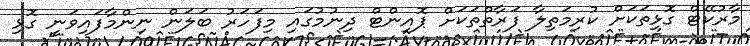
މާރުކޭޓް ގޮޅިތަކަށް ކުރިމަތިލާ ފަރާތްތަކަށް ޕޮއިންޓް ދިނުމުގައި މިފަހަރު ބަލަން ނިންމާފައިވަނީ ގޮޅި